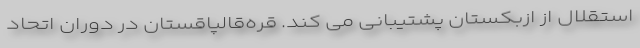
استقلال از ازبکستان پشتیبانی می کند. قره‌قالپاقستان در دوران اتحاد